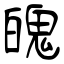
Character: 魄